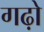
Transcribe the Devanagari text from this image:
गढ़ो